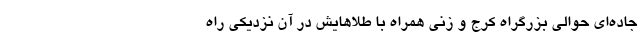
جاده‌ای حوالی بزرگراه کرج و زنی همراه با طلاهایش در آن نزدیکی راه